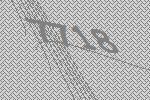
7718